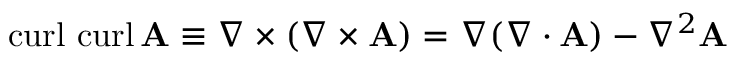
\operatorname { c u r l } \, \operatorname { c u r l } \mathbf { A } \equiv \nabla \times ( \nabla \times \mathbf { A } ) = \nabla ( \nabla \cdot \mathbf { A } ) - \nabla ^ { 2 } \mathbf { A }